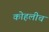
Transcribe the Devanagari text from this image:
कोहलीच